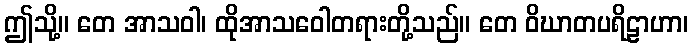
ဤသို့။ တေ အာသဝါ၊ ထိုအာသဝေါတရားတို့သည်။ တေ ဝိဃာတပရိဠာဟာ၊